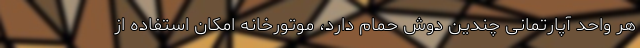
هر واحد آپارتمانی چندین دوش حمام دارد، موتورخانه امکان استفاده از